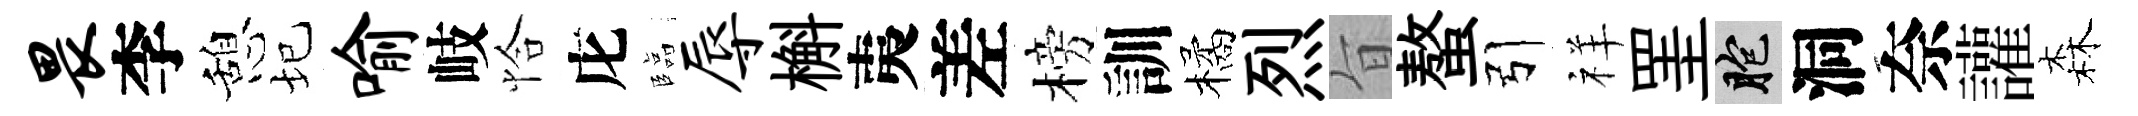
畏李憩圮喻岐恰庀臨辱槲夷差榜訓橘烈旨螯引祥罣胞洞奈讙森